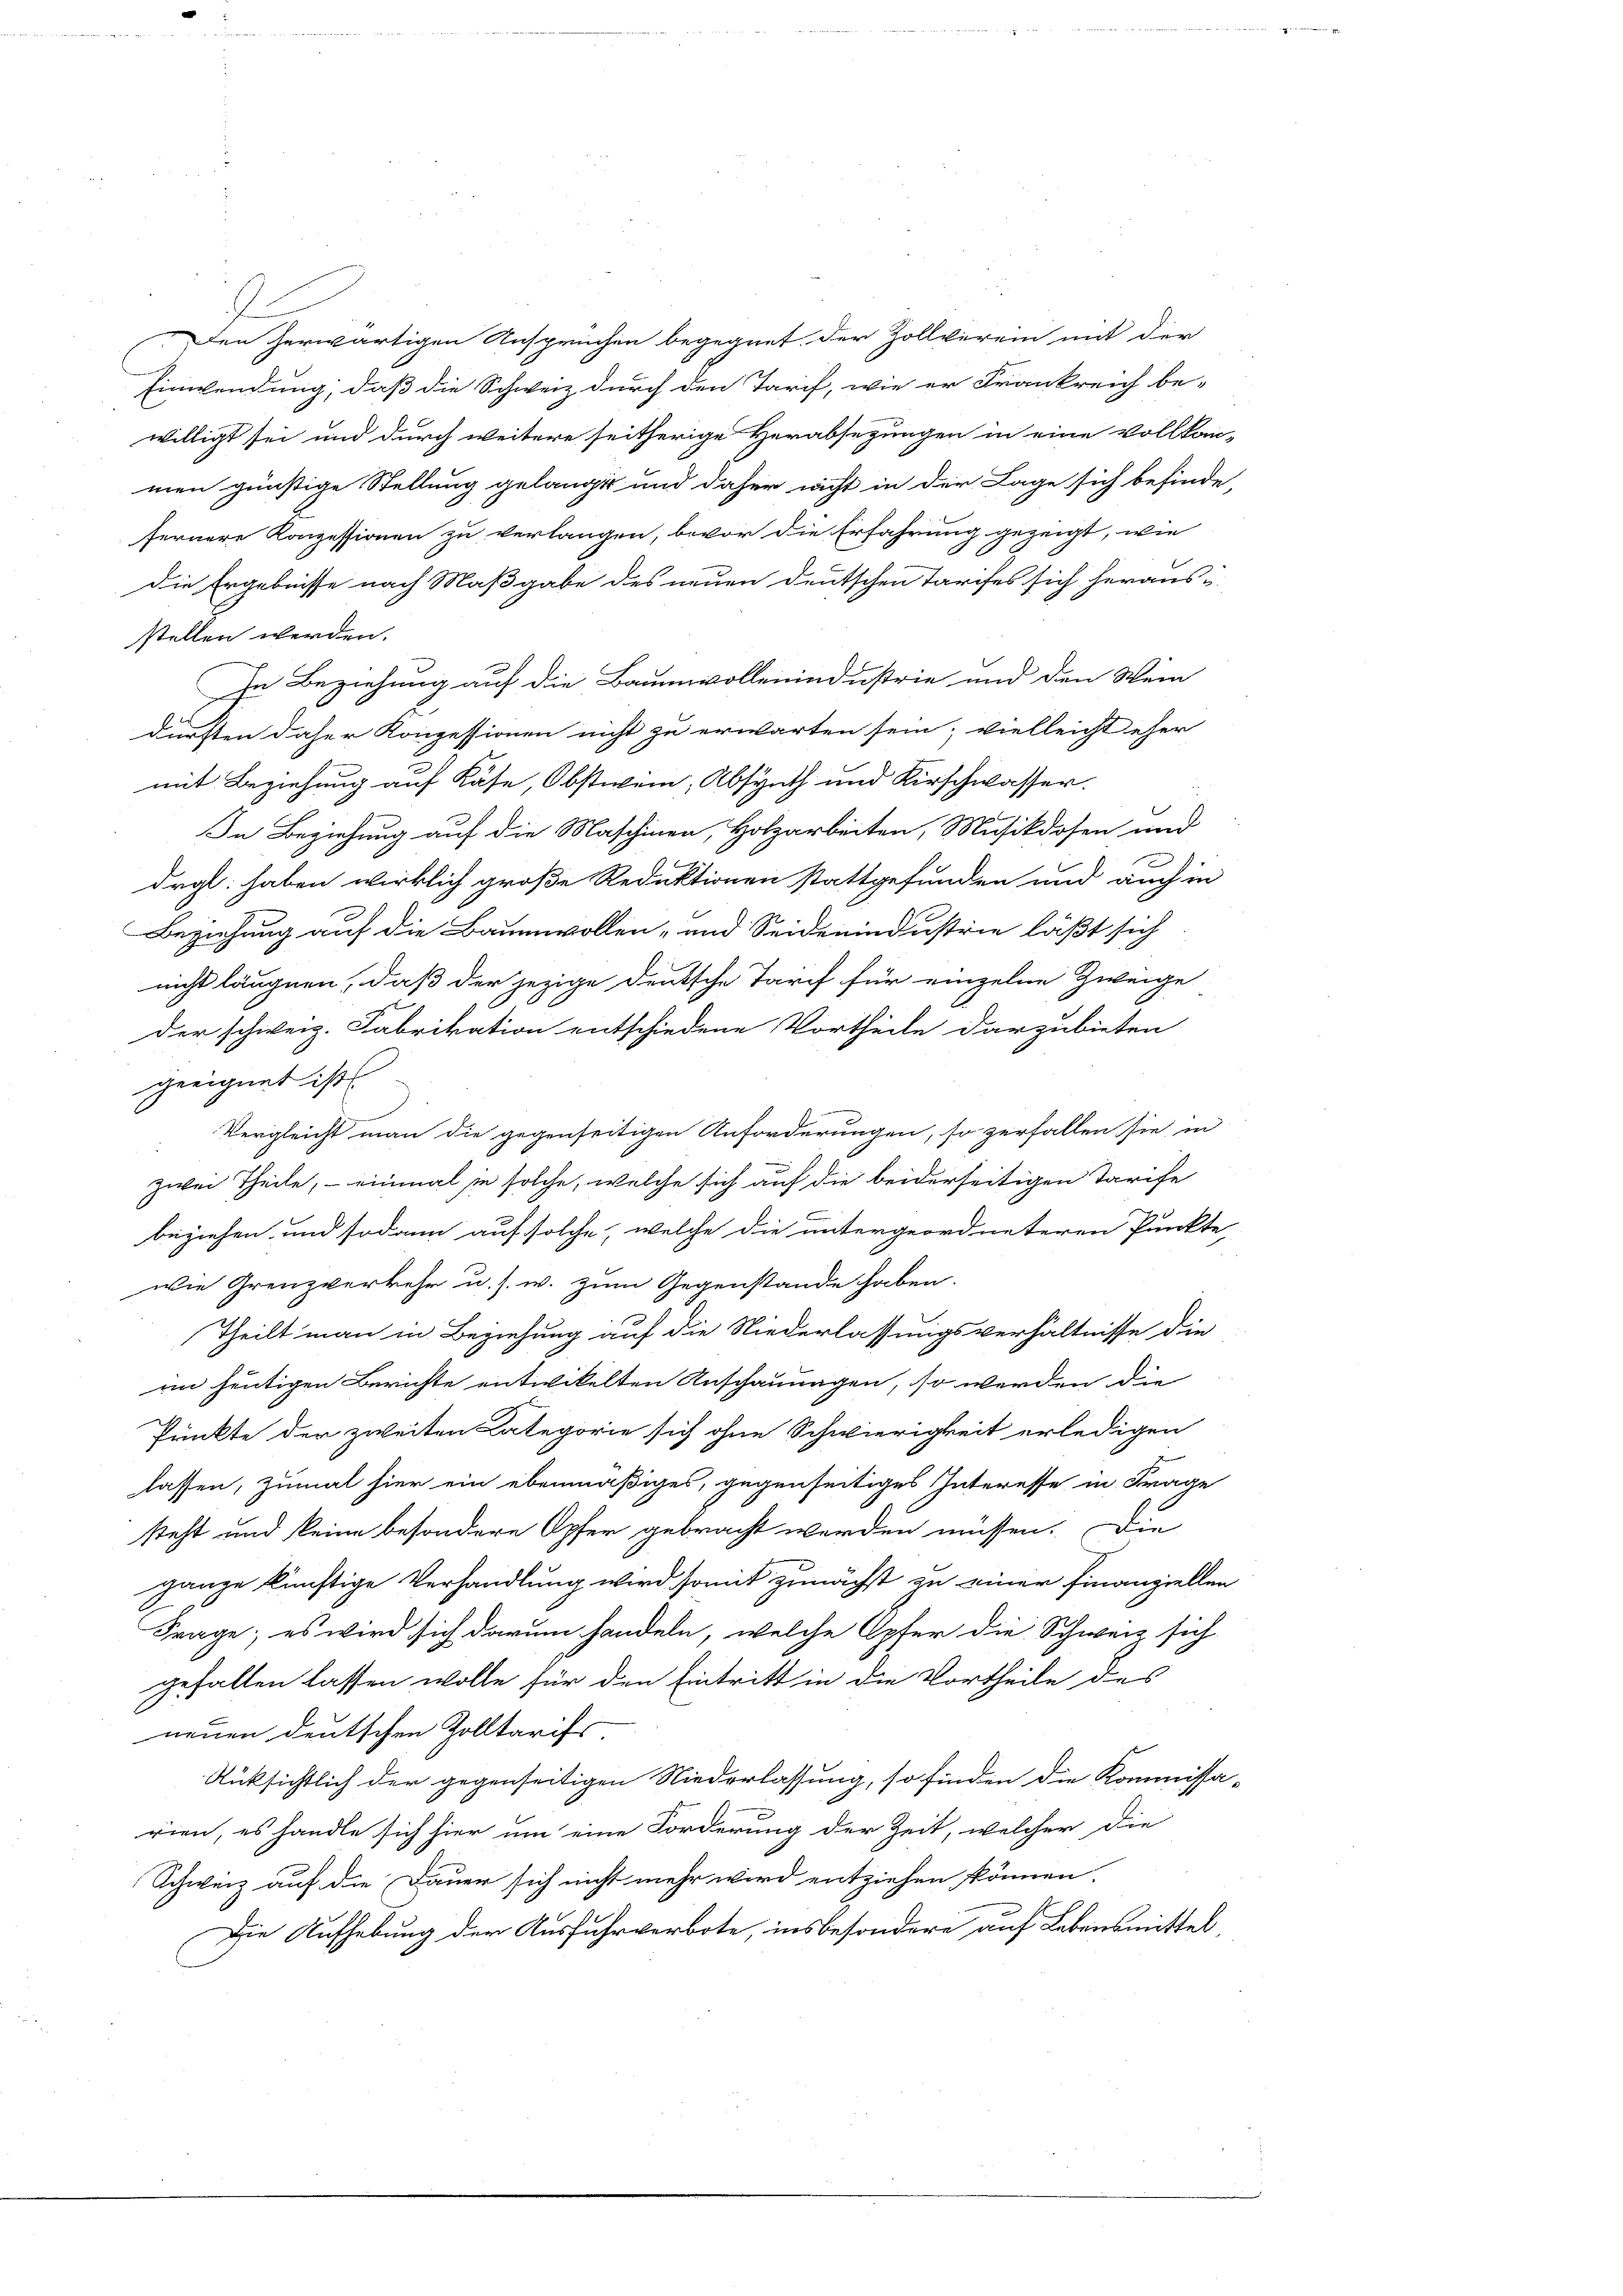
Den herwärtigen Ansprüchen begegnet der Zollverein mit der
Einwendung, daß die Schweiz durch den Tarif, wie er Frankreich be-
willigt sei und durch weitere seitherige Herabsezungen in eine vollkom-
men günstige Stellung gelangt und daher nicht in der Lage sich befinde,
fernere Konzessionen zu verlangen, bevor die Erfahrung gezeigt, wie
die Ergebnisse nach Maßgabe des neuen deutschen Tarifes sich heraus-
stellen werden.
In Beziehung auf die Baumwollenindustrie und den Wein
dürften daher Konzessionen nicht zu erwarten sein; vielleicht eher
mit Beziehung auf Käse, Obstwein, Absynth und Kirschwasser.
In Beziehung auf die Maschinen, Holzarbeiten, Musikdosen und
drgl. haben wirklich große Reduktionen stattgefunden und auch in
Beziehung auf die Baumwollen- und Seidenindustrie läßt sich
nicht läugnen, daß der jezige deutsche Tarif für einzelne Zweige
Der schweiz. Fabrikation entschiedene Vortheile darzubieten
geeignet ist

Vergleicht man die gegenseitigen Anforderungen, so zerfallen sie in
zwei Theile, – einmal sie solche, welche sich auf die beiderseitigen Tarife
beziehen und sodann auf solche, welche die untergeordneteren Punkte
wie Grenzverkehr u. s. w. zum Gegenstände haben.
Theilt man in Beziehung auf die Niederlassungsverhältnisse die
im heutigen Berichte entwickelten Anschauungen, so werden die
Punkte der zweiten Kategorie sich ohne Schwierigkeit erledigen
lassen, zumal hier ein ebenmäßiges, gegenseitiges Interesse in Frage
steht und keine besondere Opfer gebracht werden müssen. Die
ganze künftige Verhandlung wird somit zunächst zu einer Finanziellen
Frage; es wird sich darum handeln, welche Opfer die Schweiz sich
gefallen lassen wolle für den Eintritt in die Vortheile des
neuen deutschen Zolltarifs,
Rüksichtlich der gegenseitigen Niederlassung, so finden die Kommissa-
rien, es handle sich hier um eine Forderung der Zeit, welcher die
Schweiz auf die Dauer sich nicht mehr wird entziehen können.
Die Aufhebung der Ausfuhrverbote, insbesondere auf Lebensmittel,